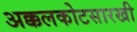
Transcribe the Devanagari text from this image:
अक्कलकोटसारखी